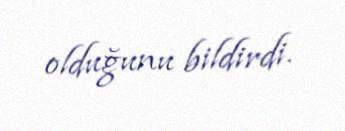
olduğunu bildirdi.